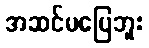
အဆင်မပြေဘူး